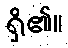
ရှိ၏။